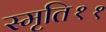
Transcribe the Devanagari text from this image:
स्मृति११